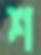
শ